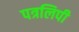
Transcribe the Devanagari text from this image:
पत्रलिपी